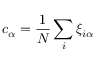
c _ { \alpha } = \frac { 1 } { N } \sum _ { i } \xi _ { i \alpha }